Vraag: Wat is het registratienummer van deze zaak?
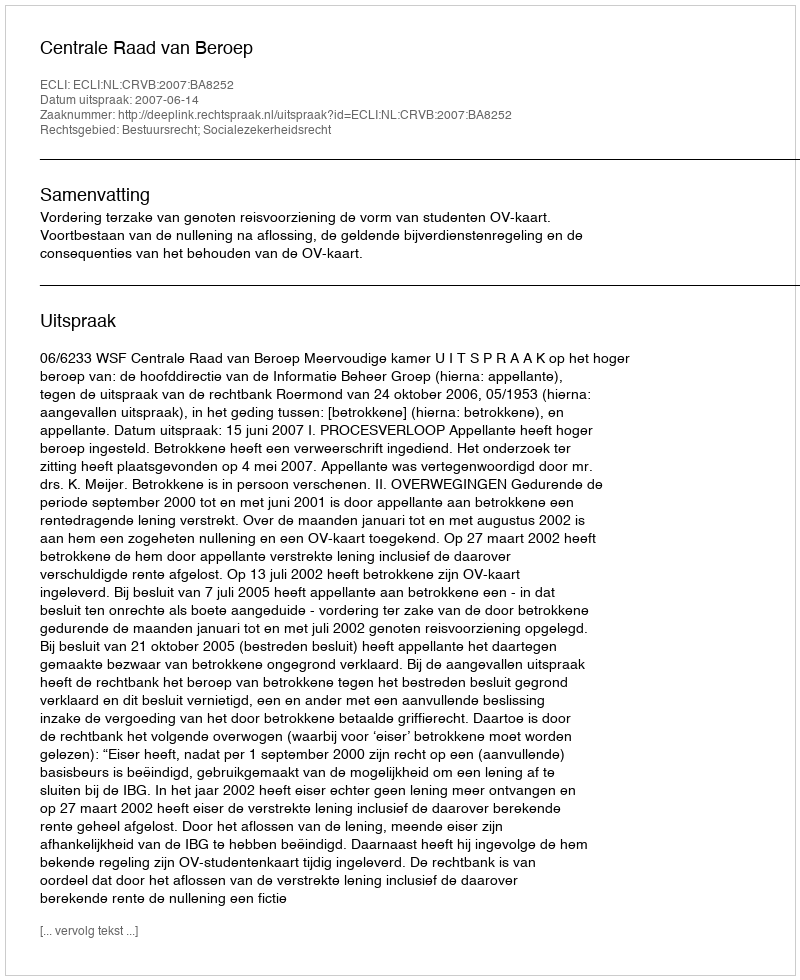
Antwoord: http://deeplink.rechtspraak.nl/uitspraak?id=ECLI:NL:CRVB:2007:BA8252